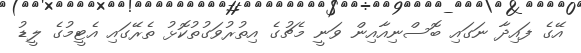
އޭގެ ފައިދާ ނަގައި ބޮސްނިއާއިން ވަނީ މެޗުގެ އިތުރުވަގުތުކޮޅު ތެރޭގައި އެޓީމުގެ ލީޑު